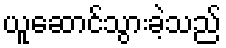
ယူဆောင်သွားခဲ့သည်